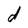
Character: d